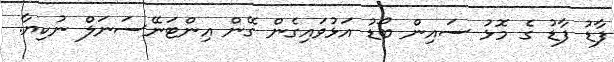
ފާޑު ފާޑު ގެ މޮޅު ސައިން ބޯޑު އަޅުވައިގެން ގޭން އިންޓަނޭސަނަލް ނުކިޔާ.